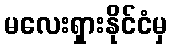
မလေးရှားနိုင်ငံမှ